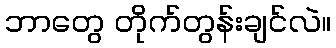
ဘာတွေ တိုက်တွန်းချင်လဲ။